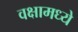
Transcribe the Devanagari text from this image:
वक्षामध्ये